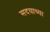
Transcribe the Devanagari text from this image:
सदयाच्या